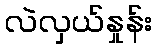
လဲလှယ်နှုန်း